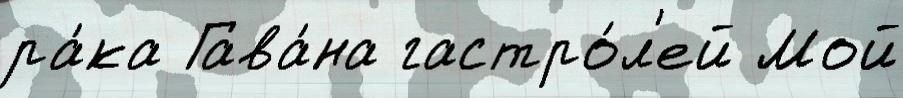
ра́ка Гава́на гастро́л'ей Мой